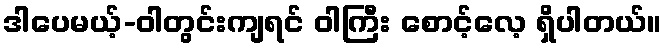
ဒါပေမယ့်-ဝါတွင်းကျရင် ဝါကြီး စောင့်လေ့ ရှိပါတယ်။